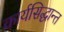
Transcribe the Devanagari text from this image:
कार्यसिद्धान्त